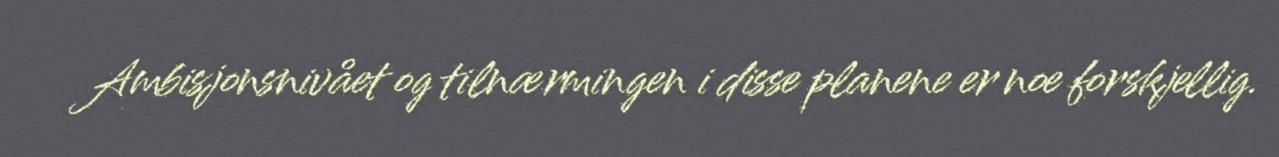
Ambisjonsnivået og tilnærmingen i disse planene er noe forskjellig.